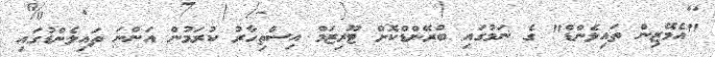
"އެމޭޒިން ތައިލެންޑް" ގެ ނަމުގައި ބްރޭންޑްކޮށް ޓޫރިޒަމް އިސްތިހާރު ކުރަމުން އަންނަ ތައިލެންޑުގައި